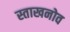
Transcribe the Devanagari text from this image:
स्ताखनोव